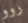
روو